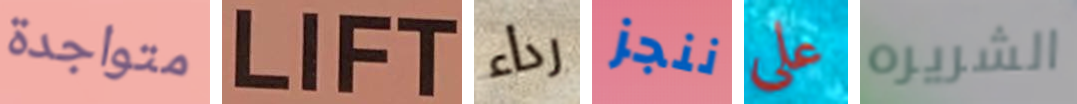
متواجدة LIFT رداء ننجز علي الشريره